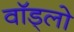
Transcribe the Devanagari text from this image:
वॉड्लो